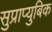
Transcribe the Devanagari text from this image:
सुप्राप्युबिक